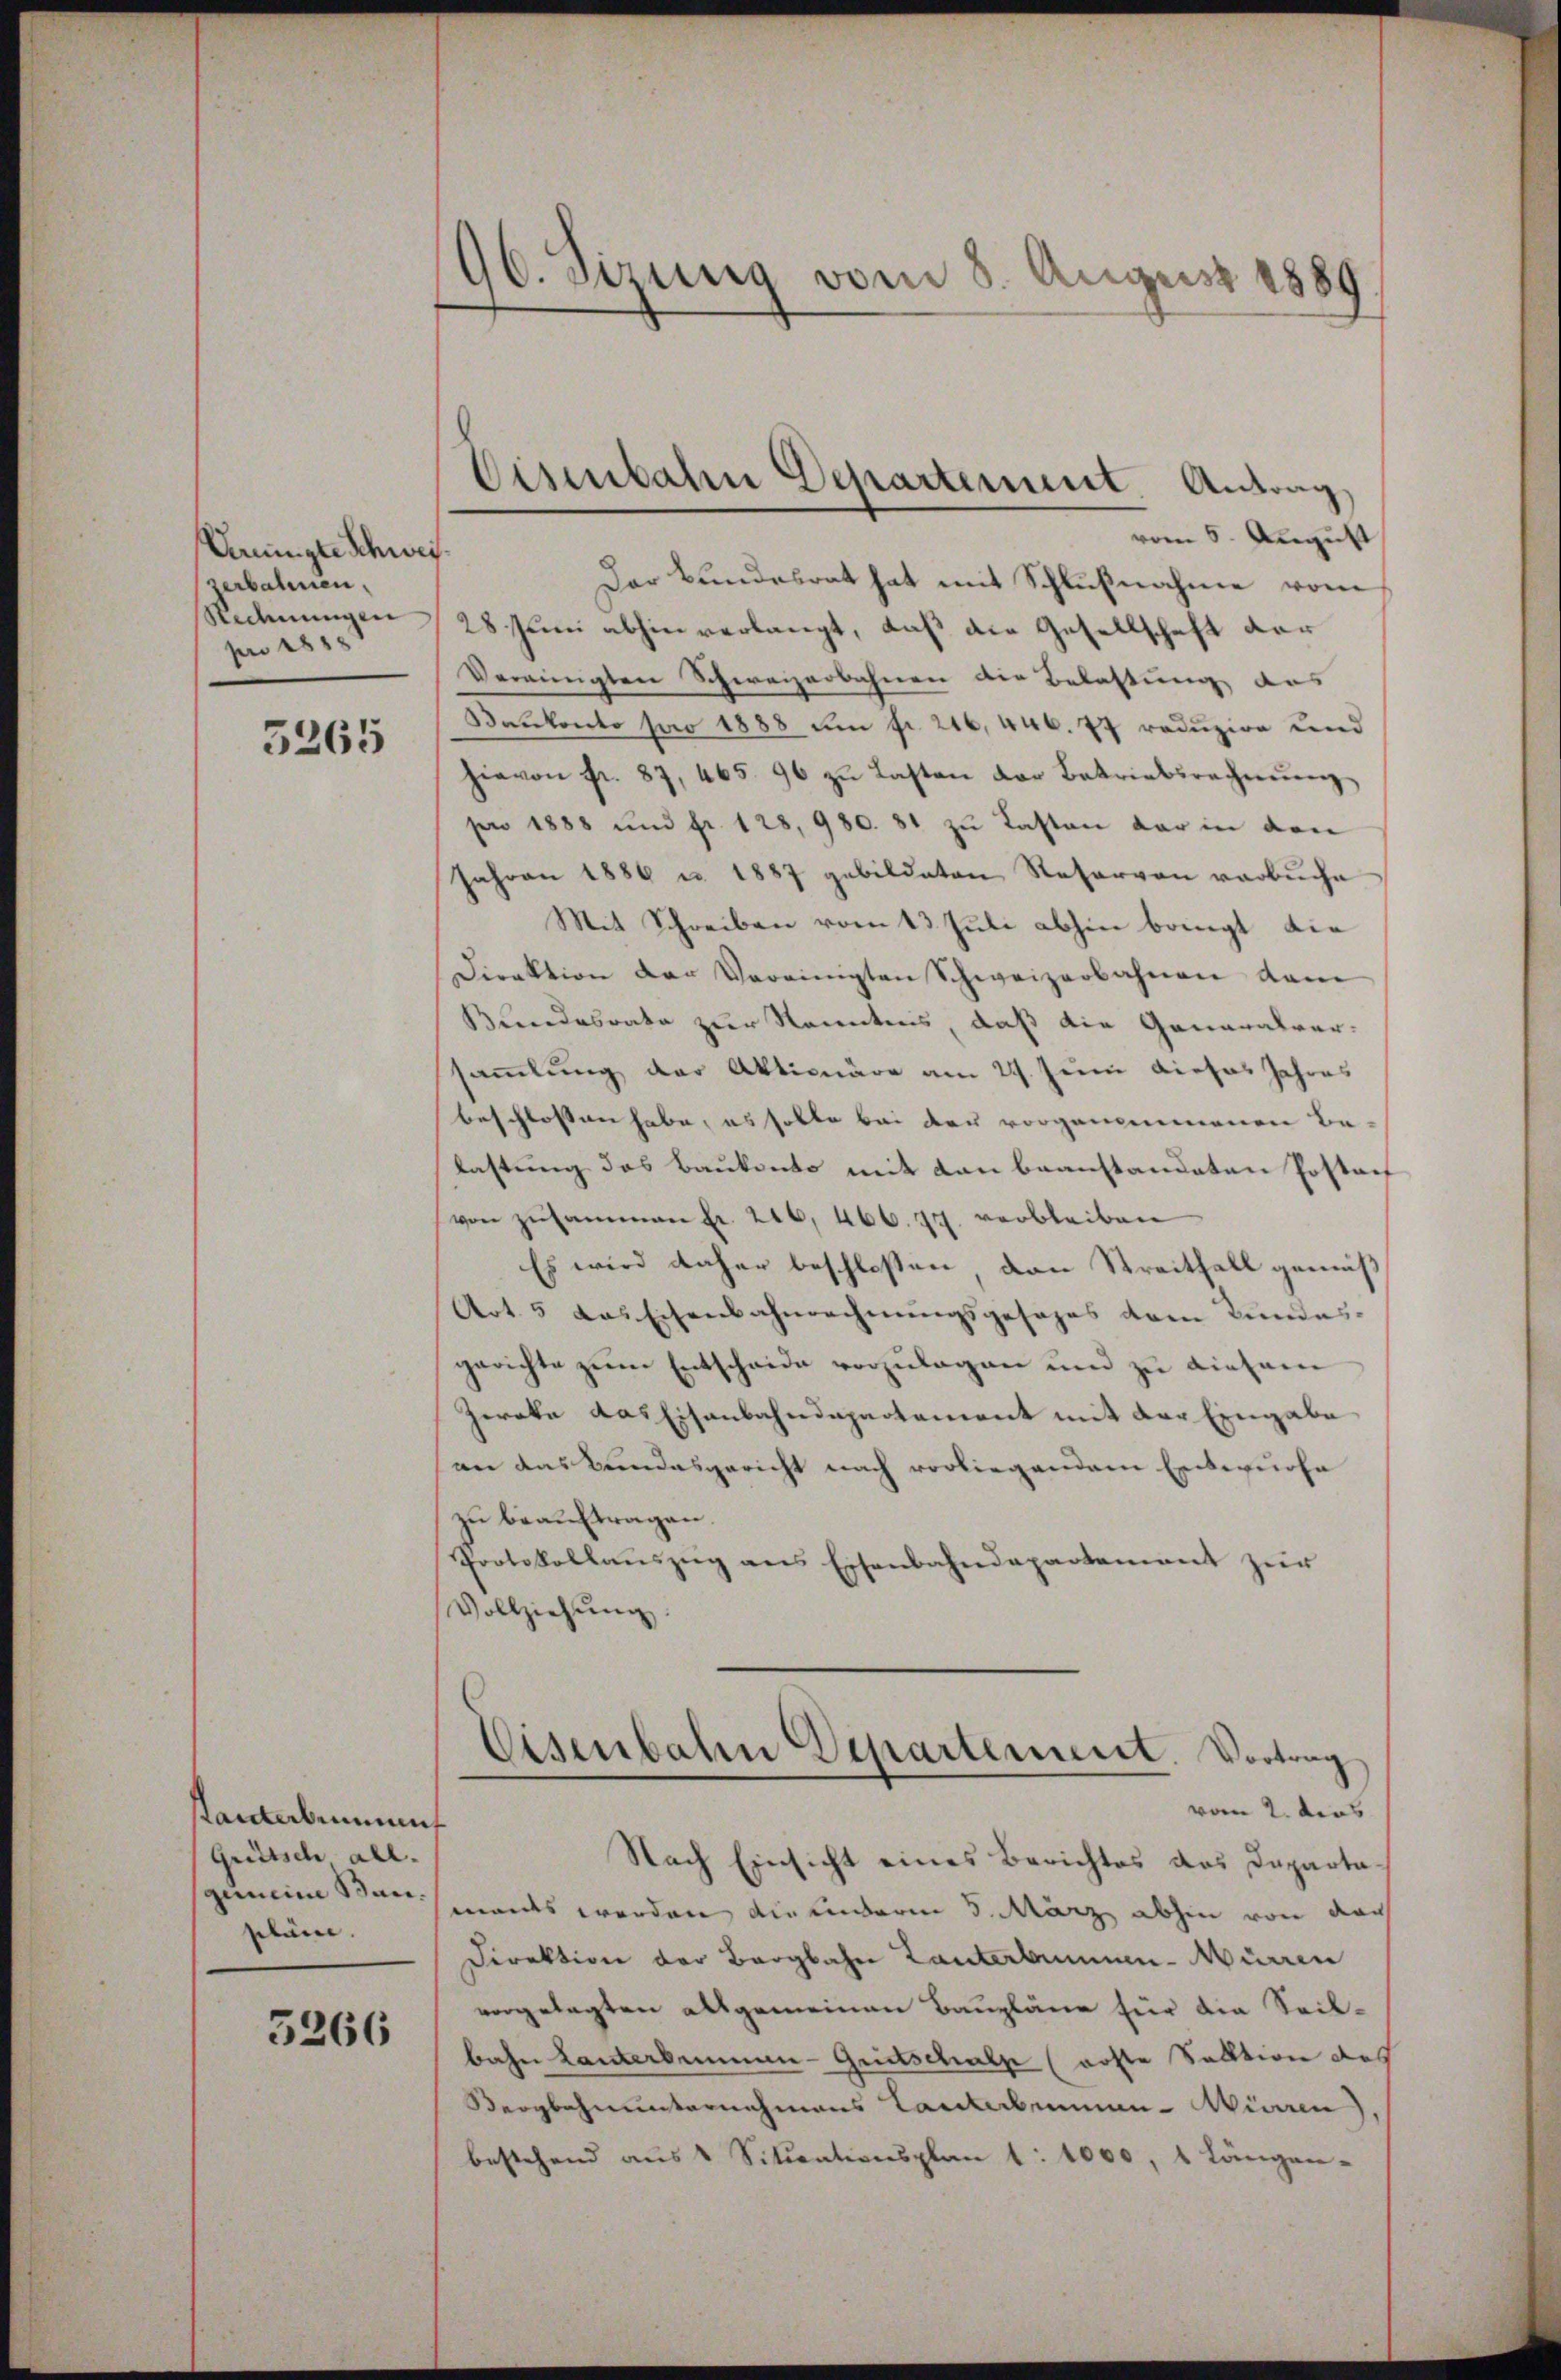
Anmigte Schwe
serbahnen,
Rechnungen
pro 1858

3265

santerbenant
Grütsch all.
gemeine Ban
pläne.

3266

96. verung vom 8. August 1889

vom 5. August
i
Der Bundesrat hat mit Schlußnahme vom
28 Juni abhin verlangt, daß die Gesellschaft der
Vereinigten Schweizerbahnen die Belastung des
Satkonto pro 1888 um fr. 216, 446. 77 reduzire und
hievon Fr. 87, 465. 96 zŭ Lasten der Betriebsrechnŭng
pro 1888 und fr. 128, 980. 81 zu Lasten der in den
Jahren 1886 u. 1887 gebildeten Reservon verbuche
Mit Schreiben vom 13. Juli abhin bringt die
Direktion der Vereinigten Schweizerbahnen dam
Beendesrate zur Kenntnis, daß die Generalversammlung der Aktionäre am 29. Juni dieses Jahres
beschlossen habe, es solte bei der vorgenommenen Belastung des Baukonto mit den beanstandeten Postaf
von zusammen Fr. 216, 466. 77. verbleiben
Es wird daher beschlossen dann Streitfall gemäß
Art. 5 das Eisenbahnrechnungsgesages dem Bundes-
gerichte zum Entscheide vorzulagen und zu diesem
Zweke das Eisenbahndepartement mit der Eingabe
an das Bundesgericht nach vorliegendem Entwurfe
zu beauftragen.
Protokollaŭszŭg ans Eisenbahndepartement zŭr
Vollziehŭng.
Eisenbalen Departement. Vortrag
vom 2. dies
Nach Einsicht eines Berichtes des Departamandes werden die anderm 5. März abhin von der
Direktion der Bergbahn Tanterbummen-Mürren
vorgelegten allgemeinen Baupläne für die Seilbahn Lanterbenen-Gritschalp (erste Sektion des
Bergbahnunternehmens Tanterbennen-Mürren
bestehend aus & Situationsplan 1: 1000, 1 Längen-

Eisenbahn Departement Antrag